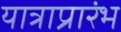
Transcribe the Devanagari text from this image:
यात्राप्रारंभ